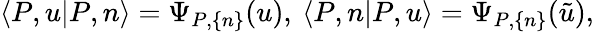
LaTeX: \langle P,u|P,n\rangle=\Psi_{P,\{ n\} }(u),\: \langle P,n|P,u\rangle=\Psi_{P,\{ n\} }(\tilde{u}),